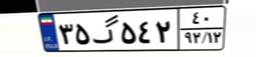
۳۵گ۵۴۲۴۰